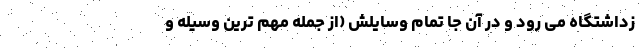
زداشتگاه می رود و در آن جا تمام وسایلش (از جمله مهم ترین وسیله و